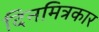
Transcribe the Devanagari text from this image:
दिनमित्रकार